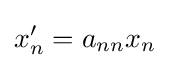
x_{n}'=a_{nn}x_{n}